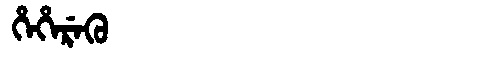
Manchu: ᡥᡝᡥᡝᡵᡝᡴᡠ
Romanization: HEHEREKU